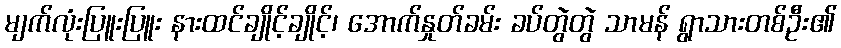
မျက်လုံးပြူးပြူး နားထင်ချိုင့်ချိုင့်၊ အောက်နှုတ်ခမ်း ခပ်တွဲတွဲ သာမန် ရွာသားတစ်ဦး၏